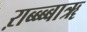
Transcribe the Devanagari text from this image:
ऱाब्ब्ब्बाॠ